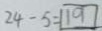
2 4 - 5 = 1 9